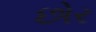
છોર